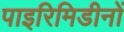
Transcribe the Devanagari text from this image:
पाइरिमिडीनों